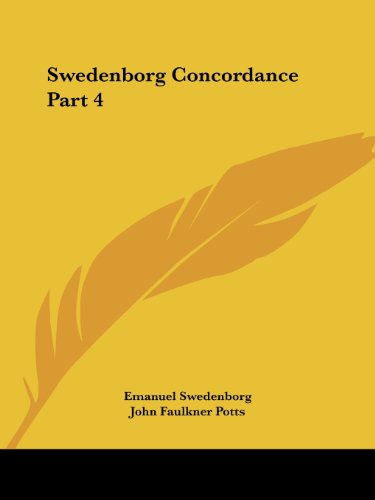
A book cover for Swedenborg Concordance Part 4; Emanuel Swedenborg; Christian Books & Bibles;